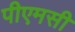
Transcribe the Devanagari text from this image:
पीएमसी